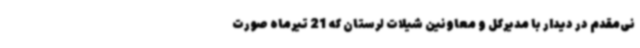
نی‌مقدم در دیدار با مدیرکل و معاونین شیلات لرستان که 21 تیرماه صورت